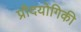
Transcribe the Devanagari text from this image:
प्रौदयोगिकी